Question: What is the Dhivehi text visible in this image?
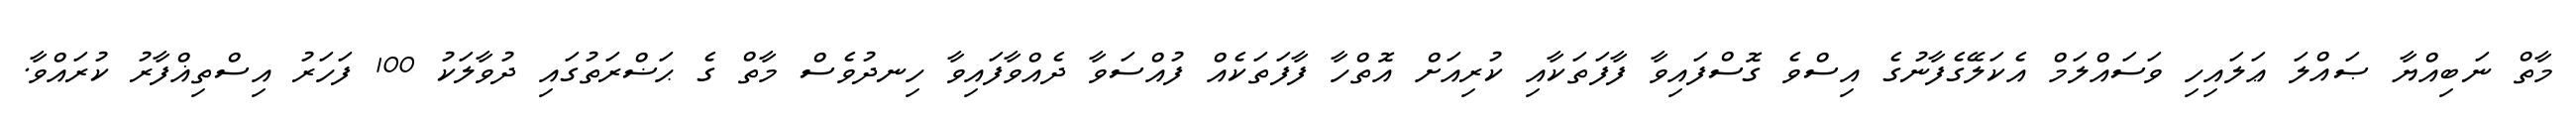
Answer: މާތް ނަބިއްޔާ ޞައްލަ ޢަލައިހި ވަސައްލަމް އެކަލޭގެފާނުގެ އިސްވެ ގޮސްފައިވާ ފާފަތަކާއި ކުރިއަށް އޮތްހާ ފާފަތަކެއް ފުއްސަވާ ދެއްވާފައިވާ ހިނދުވެސް މާތް ގެ ޙަޟްރަތުގައި ދުވާލަކު 100 ފަހަރު އިސްތިޣްފާރު ކުރައްވާ.